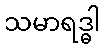
သမာရဒ္ဓါ